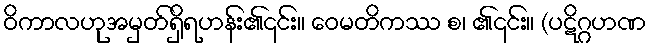
ဝိကာလဟုအမှတ်ရှိရဟန်း၏၎င်း။ ဝေမတိကဿ စ၊ ၏၎င်း။ (ပဋိဂ္ဂဟဏ